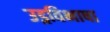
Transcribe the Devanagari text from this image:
उड्रविभाषा